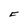
Character: F